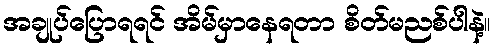
အချုပ်ပြောရရင် အိမ်မှာနေရတာ စိတ်မညစ်ပါနဲ့။